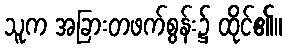
သူက အခြားတဖက်စွန်း၌ ထိုင်၏။